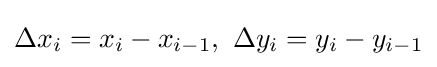
\Delta x_{i}=x_{i}-x_{i-1},\ \Delta y_{i}=y_{i}-y_{i-1}